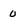
Character: 0